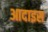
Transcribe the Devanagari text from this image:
आदाइस